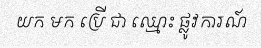
យក មក ប្រើ ជា ឈ្មោះ ផ្លូវការណ៍